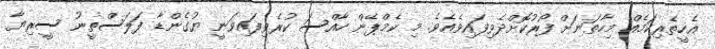
އެހީތެރިކަމެއް މިހާތަނަށް ފޯރުކޮށްދެވިފައިވެއެވެ. މި ކެމްޕޭން ހާއްސަ ކުރެވިފައިވަނީ ޔުގެންޑާ ފަލަސްތީނު ސީރިޔާ